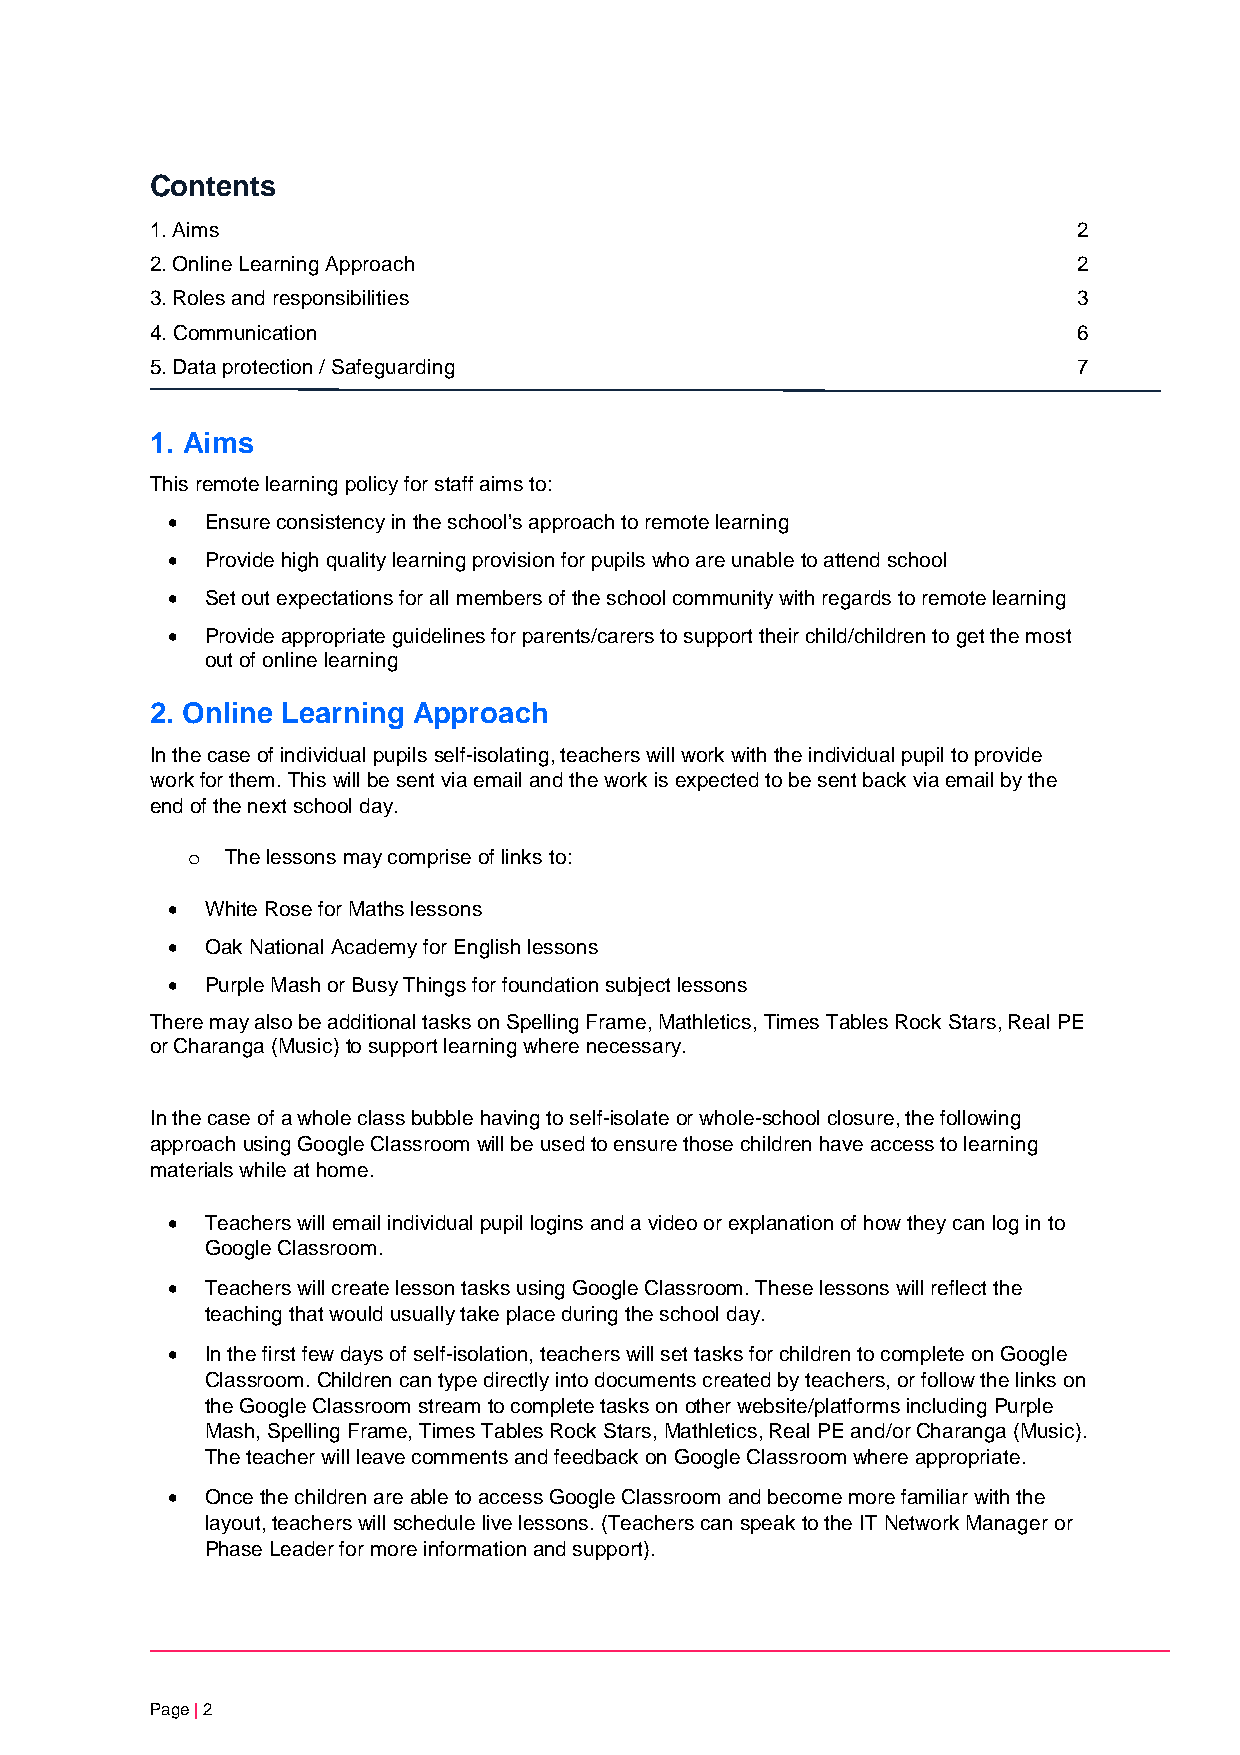
Contents
 1. Aims                                                      2
 2. Online Learning Approach                                  2
 3. Roles and responsibilities                                3
 4. Communication                                             6
 5. Data protection / Safeguarding                            7
 1. Aims
 This remote learning policy for staff aims to:
 •  Ensure consistency in the school’s approach to remote learning
 •  Provide high quality learning provision for pupils who are unable to attend school
 •  Set out expectations for all members of the school community with regards to remote learning
 •  Provide appropriate guidelines for parents/carers to support their child/children to get the most
 out of online learning
 2. Online Learning Approach
 In the case of individual pupils self-isolating, teachers will work with the individual pupil to provide
 work for them. This will be sent via email and the work is expected to be sent back via email by the
 end of the next school day.
 The lessons may comprise of links to:
 o
 •  White Rose for Maths lessons
 •  Oak National Academy for English lessons
 •  Purple Mash or Busy Things for foundation subject lessons
 There may also be additional tasks on Spelling Frame, Mathletics, Times Tables Rock Stars, Real PE
 or Charanga (Music) to support learning where necessary.
 In the case of a whole class bubble having to self-isolate or whole-school closure, the following
 approach using Google Classroom will be used to ensure those children have access to learning
 materials while at home.
 •  Teachers will email individual pupil logins and a video or explanation of how they can log in to
 Google Classroom.
 •  Teachers will create lesson tasks using Google Classroom. These lessons will reflect the
 teaching that would usually take place during the school day.
 •  In the first few days of self-isolation, teachers will set tasks for children to complete on Google
 Classroom. Children can type directly into documents created by teachers, or follow the links on
 the Google Classroom stream to complete tasks on other website/platforms including Purple
 Mash, Spelling Frame, Times Tables Rock Stars, Mathletics, Real PE and/or Charanga (Music).
 The teacher will leave comments and feedback on Google Classroom where appropriate.
 •  Once the children are able to access Google Classroom and become more familiar with the
 layout, teachers will schedule live lessons. (Teachers can speak to the IT Network Manager or
 Phase Leader for more information and support).
 Page | 2